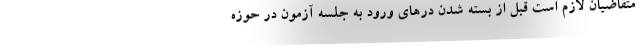
متقاضیان لازم است قبل از بسته شدن در‌های ورود به جلسه آزمون در حوزه